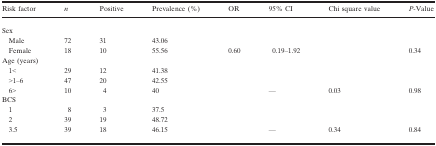
<table><thead><tr><td><b>Risk factor</b></td><td><b><i>n</i></b></td><td><b>Positive</b></td><td><b>Prevalence (%)</b></td><td><b>OR</b></td><td><b>95% CI</b></td><td><b>Chi square value</b></td><td><b><i>P</i>‐Value</b></td></tr></thead><tbody><tr><td colspan="8">Sex</td></tr><tr><td>Male</td><td>72</td><td>31</td><td>43.06</td><td></td><td></td><td></td><td></td></tr><tr><td>Female</td><td>18</td><td>10</td><td>55.56</td><td>0.60</td><td>0.19–1.92</td><td></td><td>0.34</td></tr><tr><td colspan="8">Age (years)</td></tr><tr><td>1&lt;</td><td>29</td><td>12</td><td>41.38</td><td></td><td></td><td></td><td></td></tr><tr><td>&gt;1–6</td><td>47</td><td>20</td><td>42.55</td><td></td><td></td><td></td><td></td></tr><tr><td>6&gt;</td><td>10</td><td>4</td><td>40</td><td></td><td>—</td><td>0.03</td><td>0.98</td></tr><tr><td colspan="8">BCS</td></tr><tr><td>1</td><td>8</td><td>3</td><td>37.5</td><td></td><td></td><td></td><td></td></tr><tr><td>2</td><td>39</td><td>19</td><td>48.72</td><td></td><td></td><td></td><td></td></tr><tr><td>3.5</td><td>39</td><td>18</td><td>46.15</td><td></td><td>—</td><td>0.34</td><td>0.84</td></tr></tbody></table>